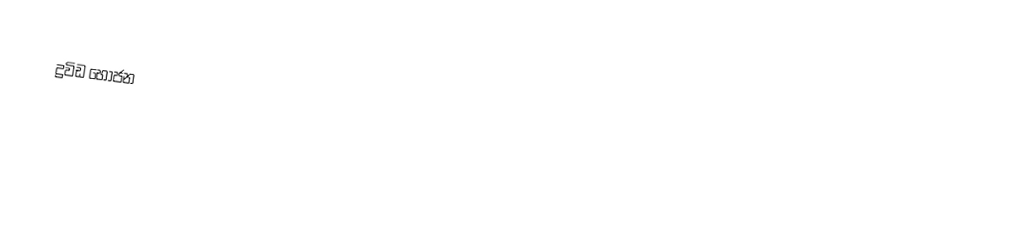
ද්‍රවිඩ භෝජන